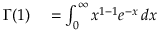
\begin{array} { r l } { \Gamma ( 1 ) } & { { } = \int _ { 0 } ^ { \infty } x ^ { 1 - 1 } e ^ { - x } \, d x } \end{array}